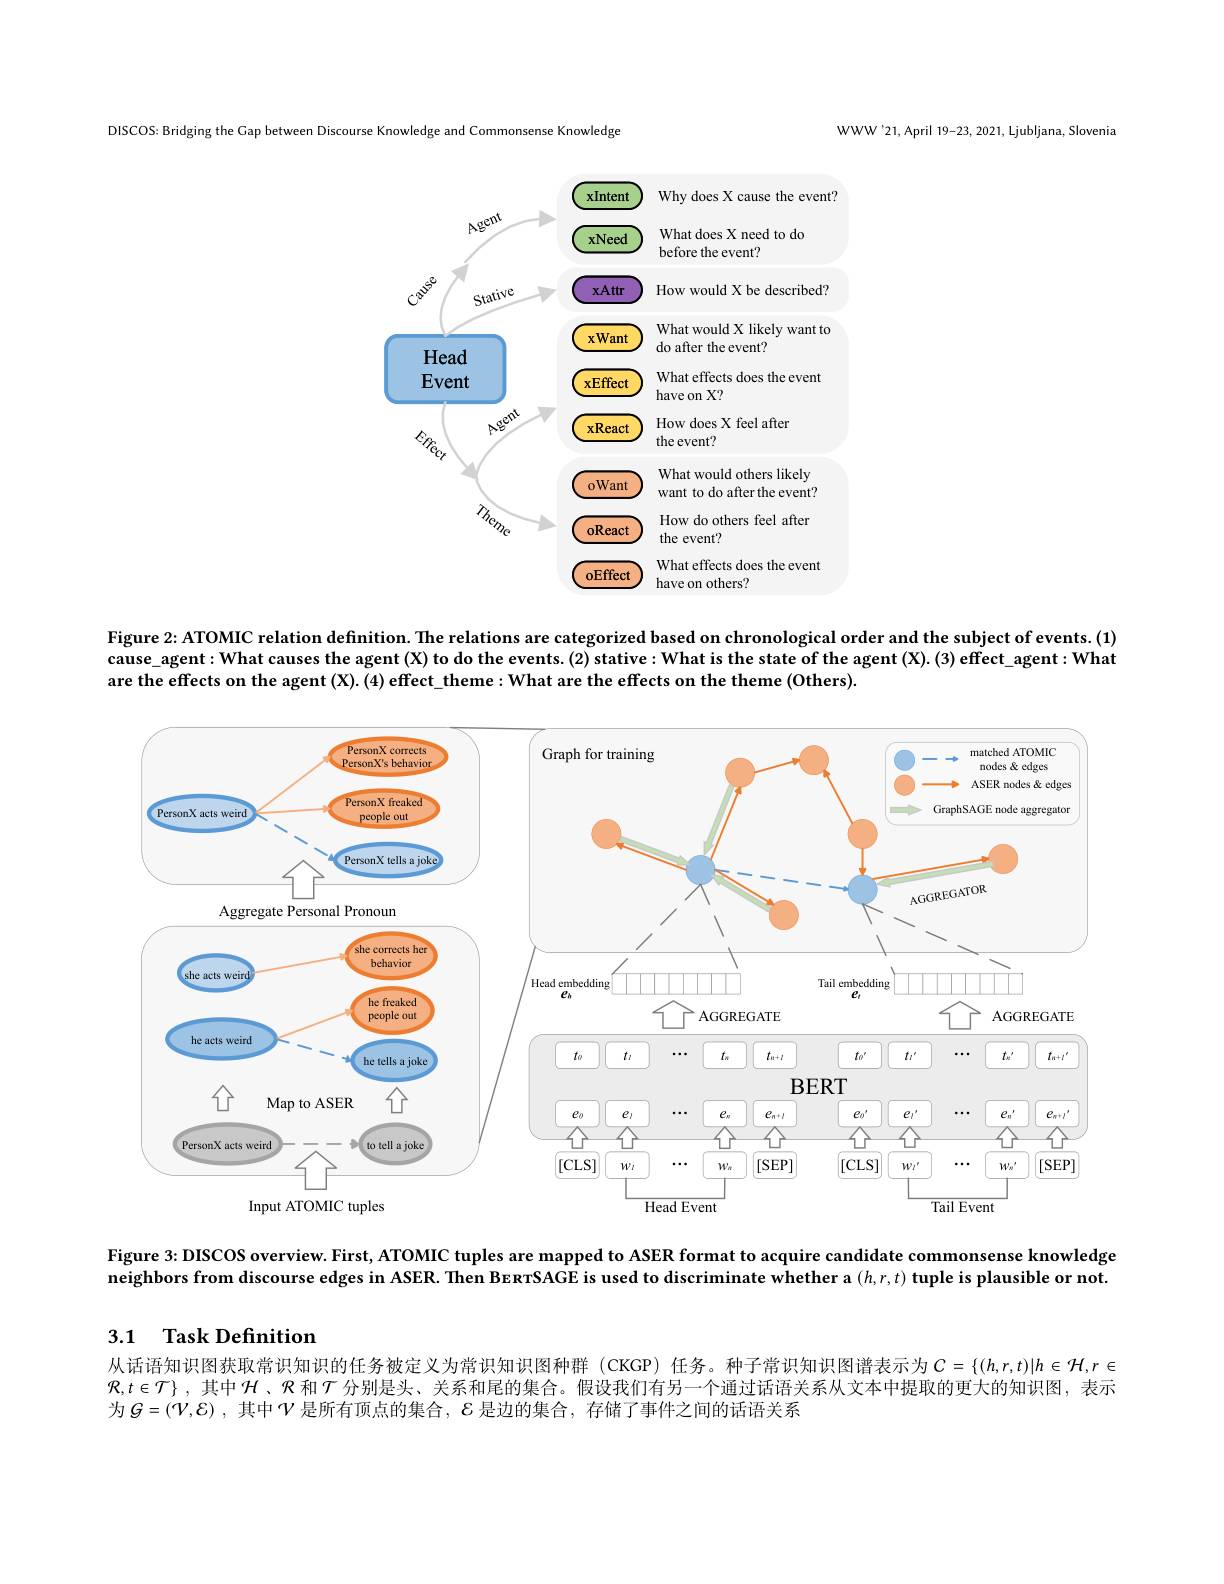
WWW'21,April 19-23, 2021, Ljubljana, Sloveniz

DISCOS: Bridging the Gap between Discourse Knowledge and Commonsense Knowledge

<FigureHere>

Figure 2: ATOMIC relation definition. The relations are categorized based on chronological order and the subject of events.(1) cause\_agent:What causes the agent (X) to do the events. (2) stative: What is the state of the agent (X). (3) effect\_agent: What are the effects on the agent (X). (4) effect\_theme: What are the effects on the theme (Others).

<FigureHere>

Figure 3: DISCOS overview. First, ATOMIC tuples are mapped to ASER format to acquire candidate commonsense knowledge neighbors from discourse edges in ASER. Then BexrSAGE is used to discriminate whether a $(h,r,t)$ tuple is plausible or not.

# 3.1 Task Definition

从话语知识图获取常识知识的任务被定义为常识知识图种群 (CKGP) 任务。种子常识知识图谱表示为$C=\{(h,r,t)|h\in\mathcal{H},r\in$ $\Re,t\in\mathcal{T}\}$ ,其中$\mathcal{H}$、R和$\mathcal{T}$ 分别是头、关系和尾的集合。假设我们有另一个通过话语关系从文本中提取的更大的知识图，表示为$G= ( \mathcal{V} , \mathcal{E} )$ ,其中$\mathcal{V}$是所有顶点的集合，$\mathcal{E}$是边的集合，存储了事件之间的话语关系